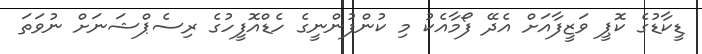
ޑީކާޑުގެ ކޮޕީ ވަޒީފާއަށް އެދޭ ފޯމާއެކު މި ކުންފުންނީގެ ހެޑްއޮފީހުގެ ރިސެޕްޝަނަށް ނުވަތަ